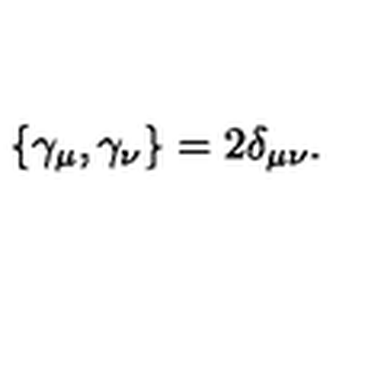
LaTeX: \{ \gamma _ { \mu } , \gamma _ { \nu } \} = 2 \delta _ { \mu \nu } .